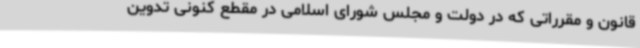
قانون و مقرراتی که در دولت و مجلس شورای اسلامی در مقطع کنونی تدوین